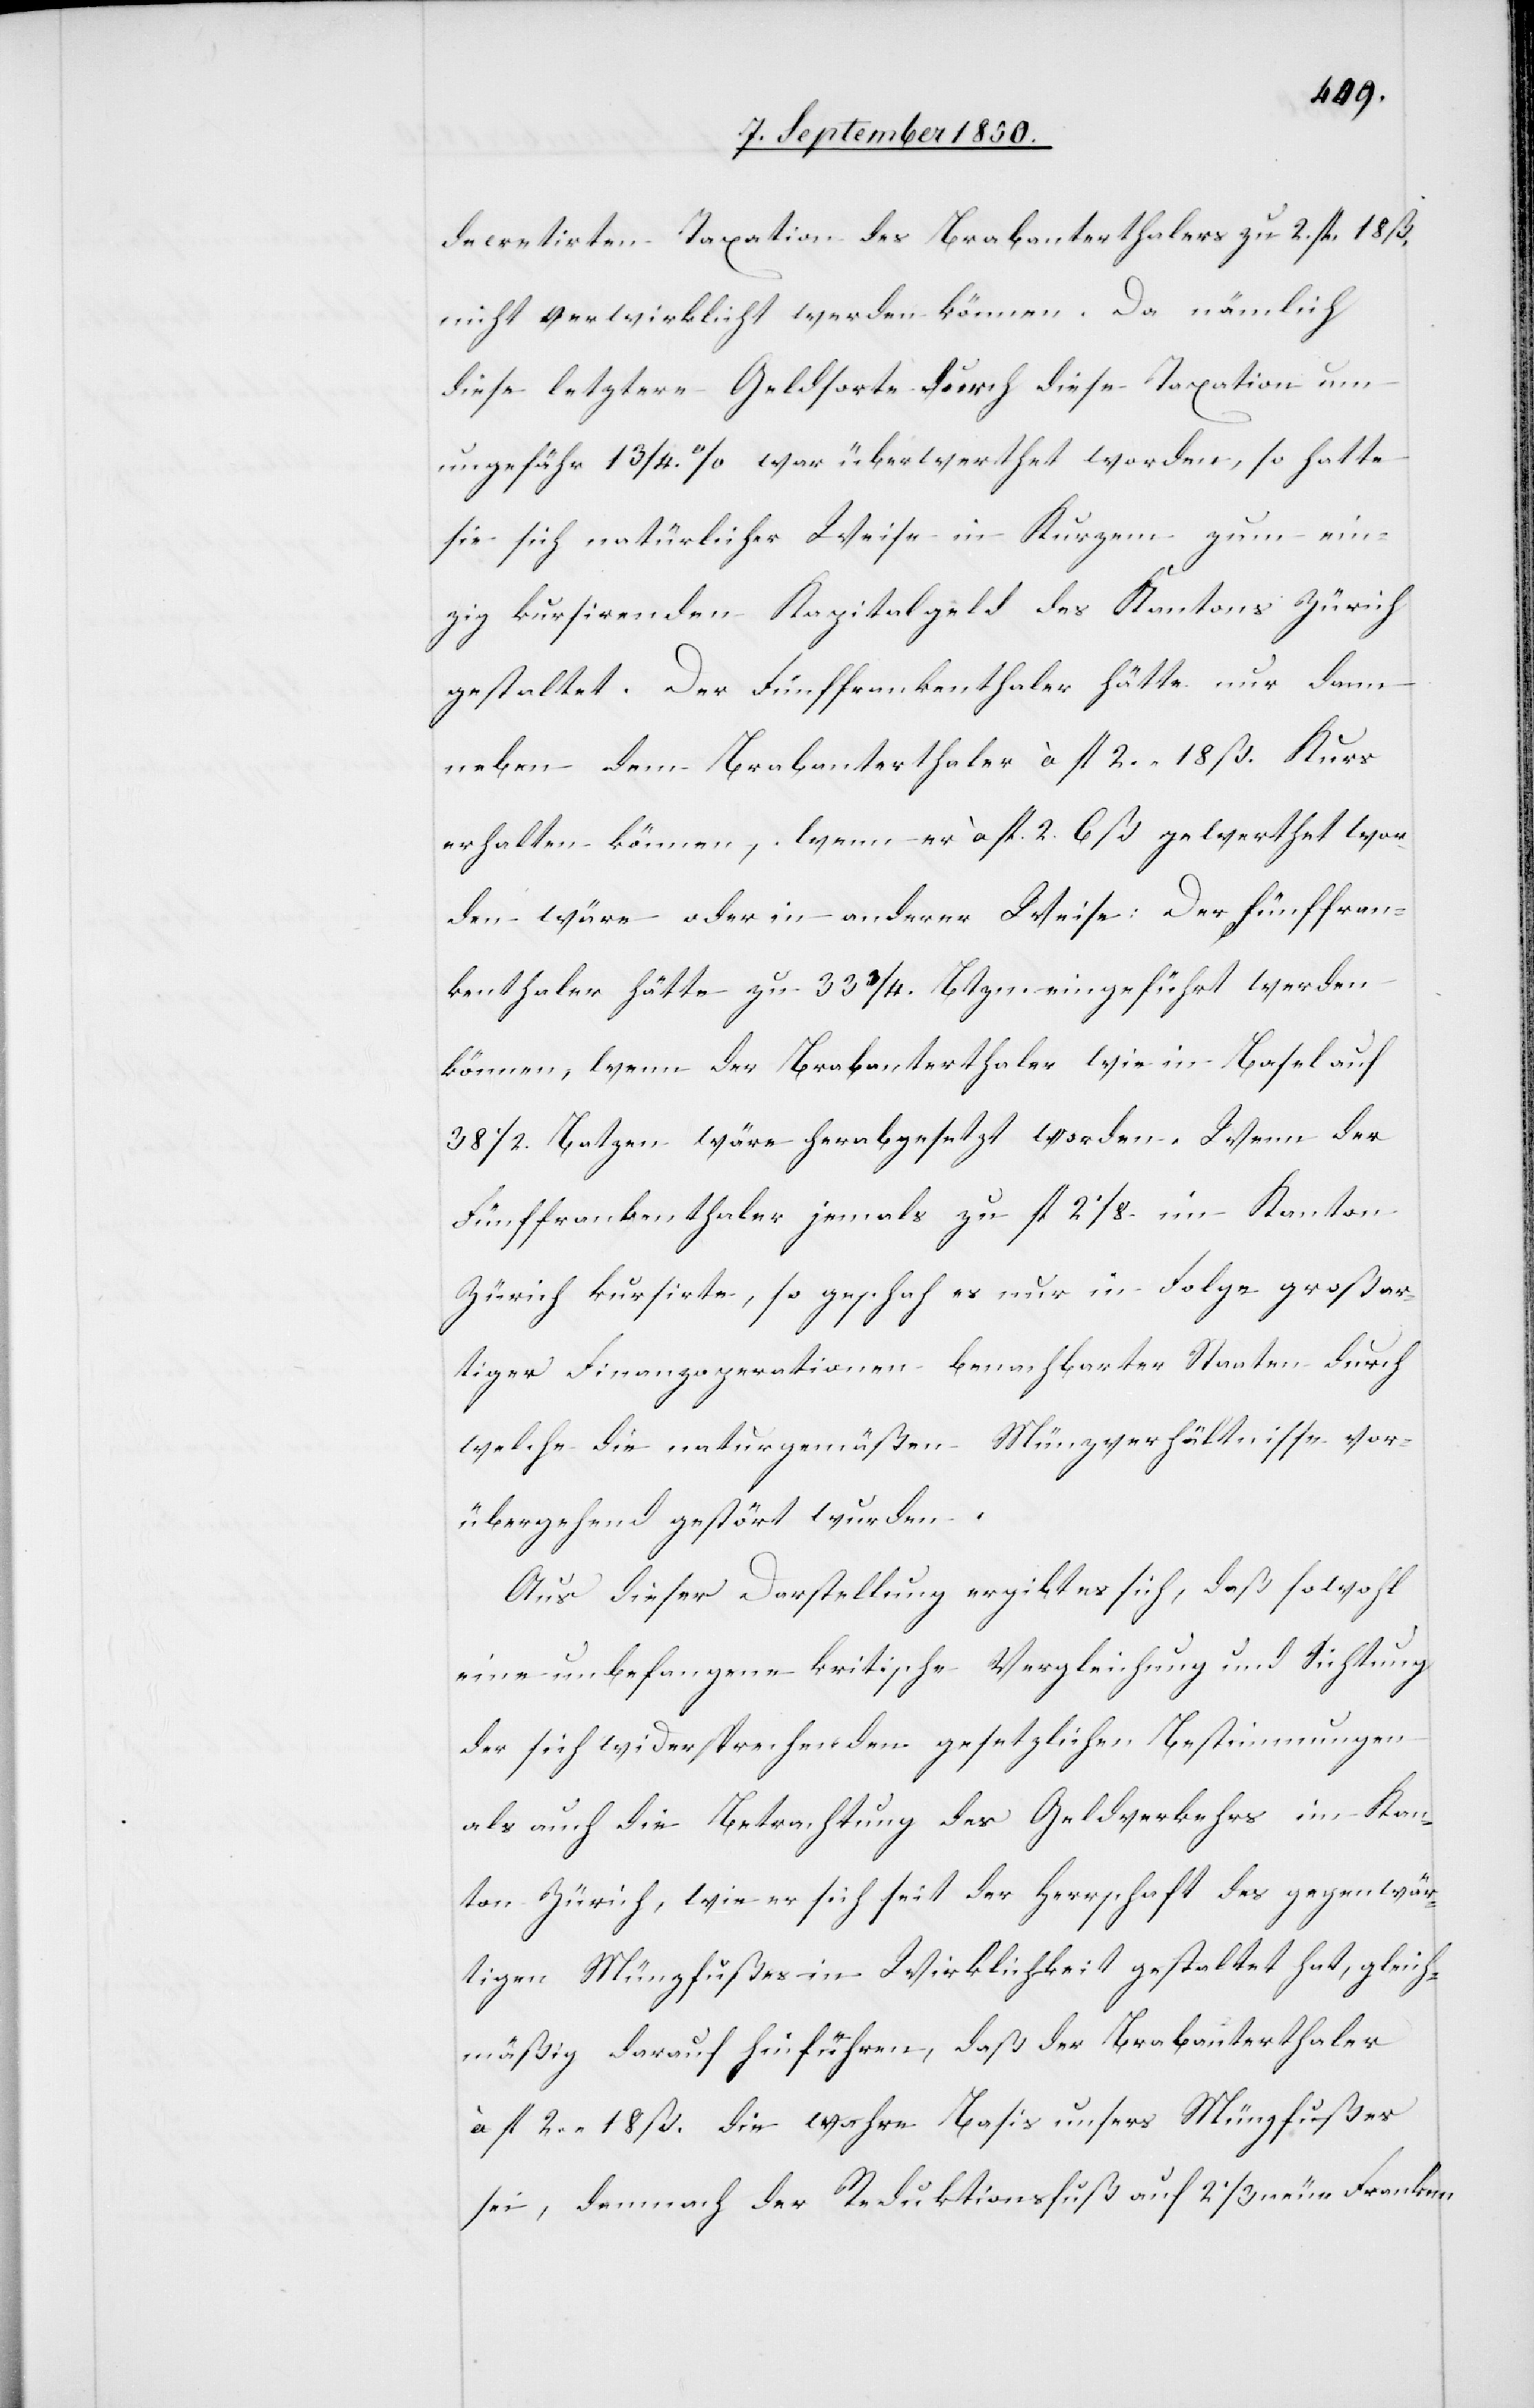
decretirten Taxation des Brabanterthalers zu 2.fl. 18 ß.
nicht verwirklicht werden können. Da nämlich
diese letztere Geldsorte durch diese Taxation um
ungefähr 1 3/4. % war überwerthet worden, so hatte
sie sich natürlicher Weise in Kurzem zum ein¬
zig kursirenden Kapitalgeld des Kantons Zürich
gestaltet. Der Fünffrankenthaler hätte nur dann
neben dem Brabanterthaler à fl 2. 18 ß. Kurs
[werden] können, wenn er à fl. 2. 6 ß gewerthet wor¬
den wäre oder in anderer Weise: Der Fünffran¬
kenthaler hätte zu 33 3/4. Btzn. eingeführt werden
können, wenn der Brabanterthaler wie in Basel auf
38 1/2. Batzen wäre herabgesetzt worden. Wenn der
Fünffrankenthaler jemals zu fl 2 1/8. im Kanton
Zürich kursirte, so geschah es nur in Folge großar¬
tiger Finanzoperationen benachbarter Staaten durch
welche die naturgemäßen Münzverhältnisse vor¬
übergehend gestört wurden.
Aus dieser Darstellung ergibt es sich, daß sowohl
eine unbefangene kritische Vergleichung und Sichtung
der sich widersprechenden gesetzlichen Bestimmungen
als auch die Betrachtung des Geldverkehrs im Kan¬
ton Zürich, wie er sich seit der Herrschaft des gegenwär¬
tigen Münzfußes in Wirklichkeit gestaltet hat, gleich¬
mäßig darauf hinführen, daß der Brabanterthaler
à fl 2. 18 ß. die wahre Basis unsers Münzfußes
sei, demnach der Reduktionsfuß auf 2 1/3 neue Franken